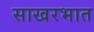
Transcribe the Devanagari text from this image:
साखरभात